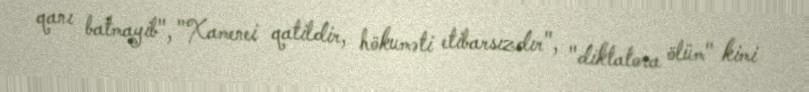
qanı batmayib", "Xamenei qatildir, hökuməti etibarsızdır", "diktatora ölüm" kimi